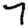
Digit: 7